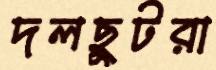
দলছুটরা